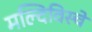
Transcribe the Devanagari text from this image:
मल्दिविस्चे